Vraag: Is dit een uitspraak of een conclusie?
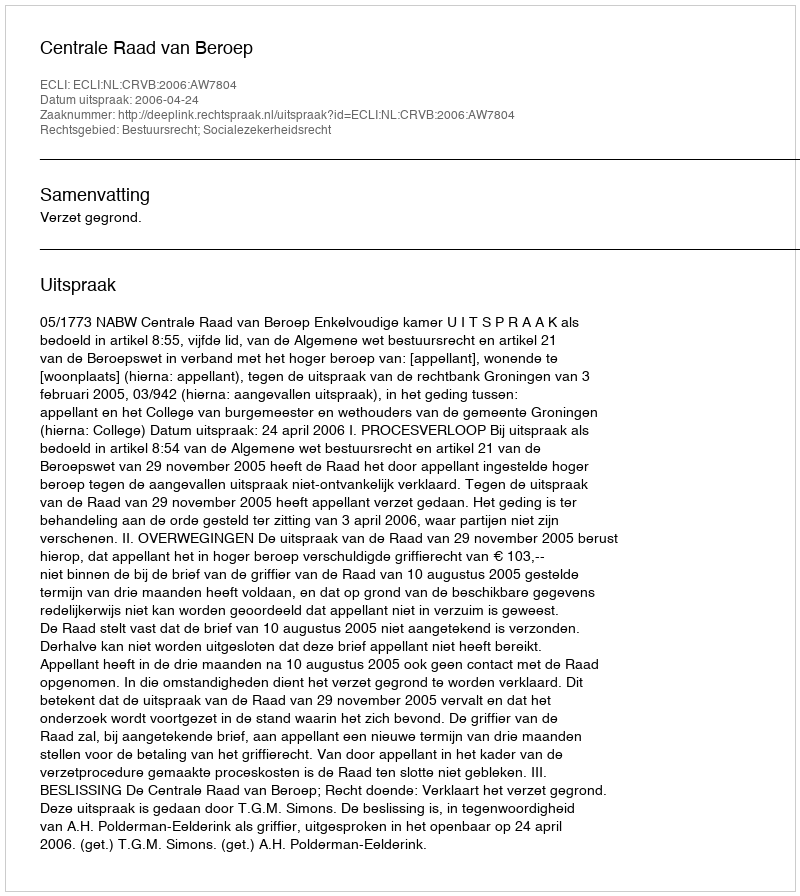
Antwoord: Uitspraak